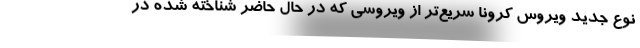
نوع جدید ویروس کرونا سریع‌تر از ویروسی که در حال حاضر شناخته شده در